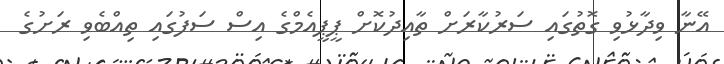
އޭނާ ވިދާޅުވި ގޮތުގައި ސަރުކާރަށް ތާއިދުކޮށް ޕީޕީއެމްގެ އިސް ސަފުގައި ތިއްބެވި ރަށުގެ